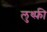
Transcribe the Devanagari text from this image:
लुथ्फ़ी